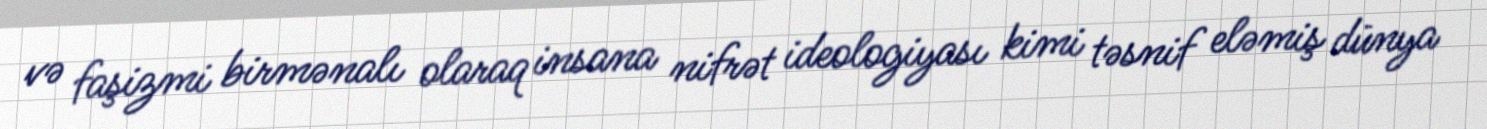
və faşizmi birmənalı olaraq insana nifrət ideologiyası kimi təsnif eləmiş dünya